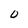
Character: 0